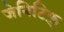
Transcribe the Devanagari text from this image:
जेनिटिफ़्